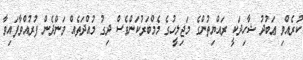
ކުރެއްވި ޢަބުދު ޝާހިދަކީ ރައްޔިތުންގެ މަޖިލީހުގެ މެމްބަރުކަންވެސް ދިގު މުއްދަތެއް ވަންދެން ފުރުއްވާފައިވާ